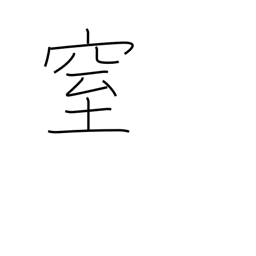
Meaning: plug up